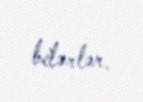
bilərlər.